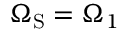
\Omega _ { \mathrm { { S } } } = \Omega _ { 1 }